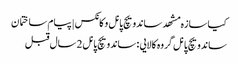
کیا سازه مشهد ساندویچ پانل و کانکس | پیام ساختمان
ساندویچ پانل گروه کالایی : ساندویچ پانل2 سال قبل